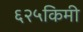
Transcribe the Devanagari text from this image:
६२५किमी